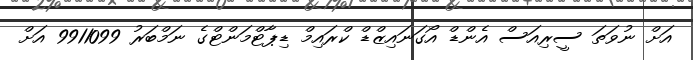
އަށް ނުވަތަ ސީރިއަސް އެންޑް އޯގަނައިޒްޑް ކްރައިމް ޑިޕާޓްމަންޓްގެ ނަމްބަރު 9911099 އަށް